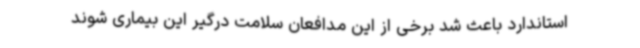
استاندارد باعث شد برخی از این مدافعان سلامت درگیر این بیماری شوند